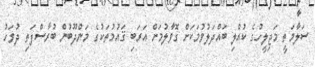
ސަލާމަތީ މަޖިލީހުގެ ކުއްލި ބައްދަލުވުމަކަށް ގޮވާލުމަށް އަރަބި ޤައުމުތަކުގެ މަންދޫބުން ބުރާސްފަތި ދުވަހު